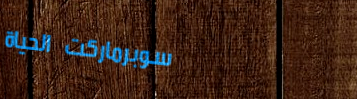
سوبرماركت الحياة